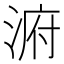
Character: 𱧀